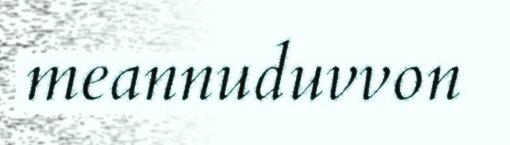
meannuduvvon